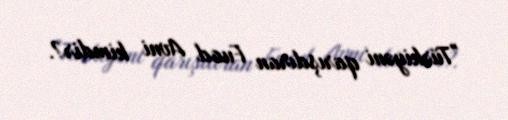
"Türkiyəni qarışdıran Fuad Avni kimdir?.